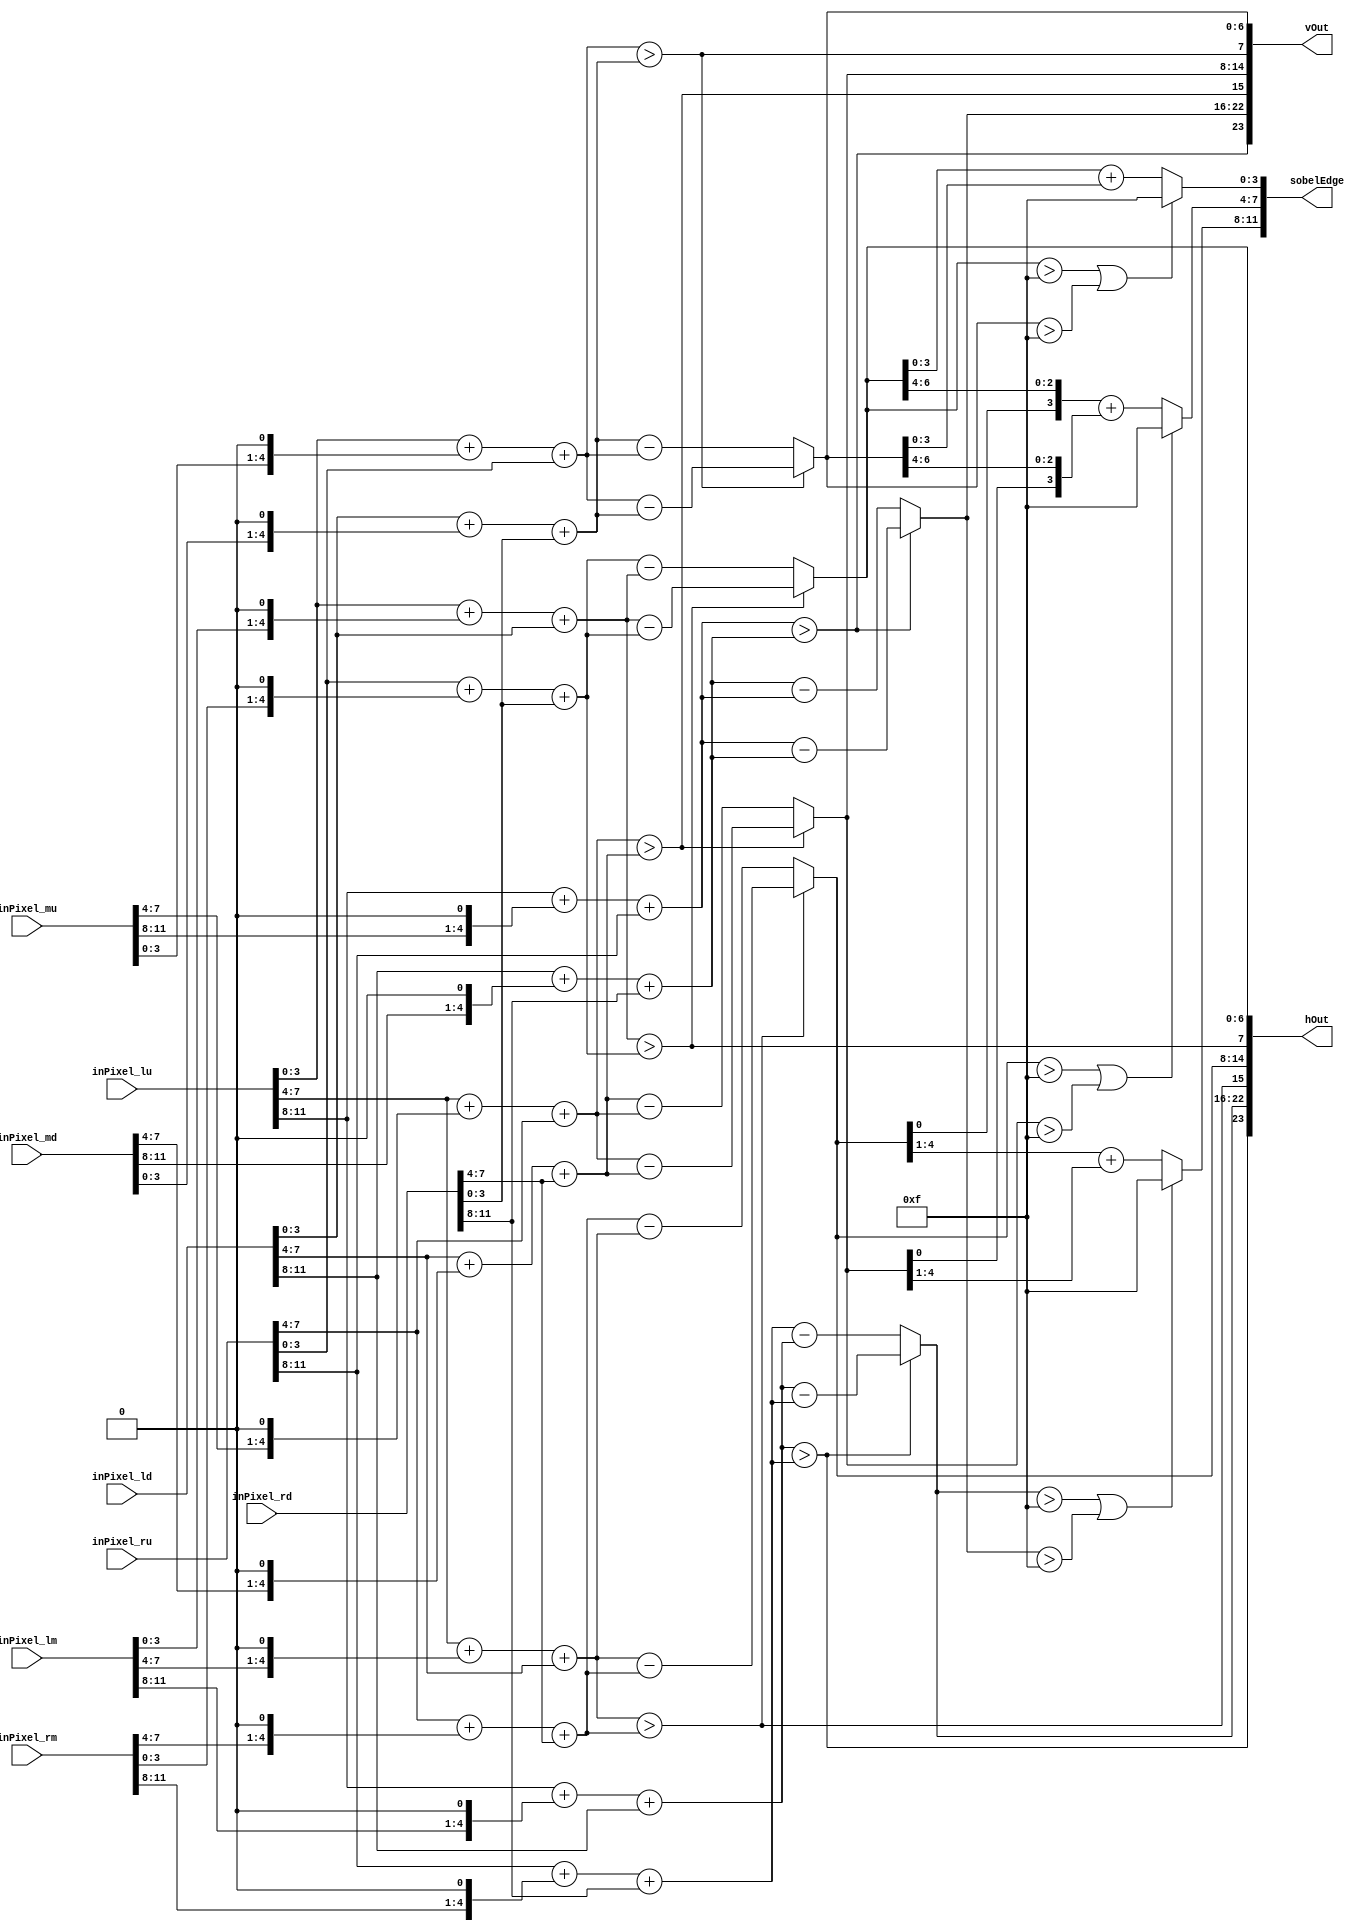
module Sobel3x3(
    input [11:0]  inPixel_lu,
    input [11:0]  inPixel_lm,
    input [11:0]  inPixel_ld,
    input [11:0]  inPixel_mu,
  //input [11:0]  inPixel_mm,
    input [11:0]  inPixel_md,
    input [11:0]  inPixel_ru,
    input [11:0]  inPixel_rm,
    input [11:0]  inPixel_rd,

    output [23:0] hOut,
    output [23:0] vOut,
    output [11:0] sobelEdge
    );

    wire [17:0] lCol;
    wire [17:0] rCol;
    wire [17:0] uRow;
    wire [17:0] dRow;
    
    wire [14:0] sobelSum;
    wire [20:0] colSum;
    wire [20:0] rowSum;
    
    
    
    wire [2:0] lGt, uGt;
    wire [2:0] hGt, vGt;
    genvar i;
    generate
        for(i=0; i < 3; i=i+1) begin    // * 1                        *2                                 *1
            // vertical edges
            assign lCol[6*(i+1)-1:6*i] = inPixel_lu[4*(i+1)-1:4*i] + {inPixel_lm[4*(i+1)-1:4*i], 1'b0} + inPixel_ld[4*(i+1)-1:4*i];
            assign rCol[6*(i+1)-1:6*i] = inPixel_ru[4*(i+1)-1:4*i] + {inPixel_rm[4*(i+1)-1:4*i], 1'b0} + inPixel_rd[4*(i+1)-1:4*i];
            // horizontal edges
            assign uRow[6*(i+1)-1:6*i] = inPixel_lu[4*(i+1)-1:4*i] + {inPixel_mu[4*(i+1)-1:4*i], 1'b0} + inPixel_ru[4*(i+1)-1:4*i];
            assign dRow[6*(i+1)-1:6*i] = inPixel_ld[4*(i+1)-1:4*i] + {inPixel_md[4*(i+1)-1:4*i], 1'b0} + inPixel_rd[4*(i+1)-1:4*i];

            assign lGt[i] = (lCol[6*(i+1)-1:6*i] > rCol[6*(i+1)-1:6*i]);
            assign uGt[i] = (uRow[6*(i+1)-1:6*i] > dRow[6*(i+1)-1:6*i]);

            assign colSum[7*(i+1)-1:7*i] = (lGt[i]) ? (lCol[6*(i+1)-1:6*i] - rCol[6*(i+1)-1:6*i]) : (rCol[6*(i+1)-1:6*i] - lCol[6*(i+1)-1:6*i]);
            assign rowSum[7*(i+1)-1:7*i] = (uGt[i]) ? (uRow[6*(i+1)-1:6*i] - dRow[6*(i+1)-1:6*i]) : (dRow[6*(i+1)-1:6*i] - uRow[6*(i+1)-1:6*i]);

            assign hOut[8*(i+1)-1:8*i] = {lGt[i], colSum[7*(i+1)-1:7*i]};
            assign vOut[8*(i+1)-1:8*i] = {uGt[i], rowSum[7*(i+1)-1:7*i]};

            assign hGt[i] = (colSum[7*(i+1)-1:7*i] > 7'h0F);
            assign vGt[i] = (rowSum[7*(i+1)-1:7*i] > 7'h0F);

            assign sobelSum[5*(i+1)-1:5*i] = (hGt[i] | vGt[i]) ? 5'h1F : colSum[4*(i+1)-1:4*i] + rowSum[4*(i+1)-1:4*i];
            assign sobelEdge[4*(i+1)-1:4*i] = sobelSum[5*(i+1)-2:5*i];
        end
    endgenerate
endmodule